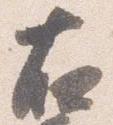
右